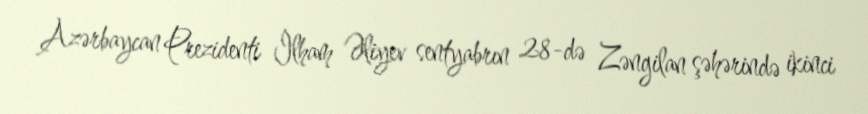
Azərbaycan Prezidenti İlham Əliyev sentyabrın 28-də Zəngilan şəhərində ikinci